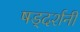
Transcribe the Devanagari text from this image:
षड्दर्शनी